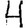
Digit: 4